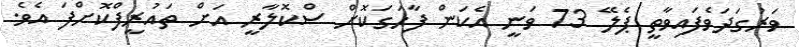
ވަރުގަދަވެފައިވާތީ ޕެލޭ 73 ވަނީ އެކަން ފާހަގަކޮށް ސްކޮލާރީ އަށް ތައުރީފްކޮށްފަ އެވެ.